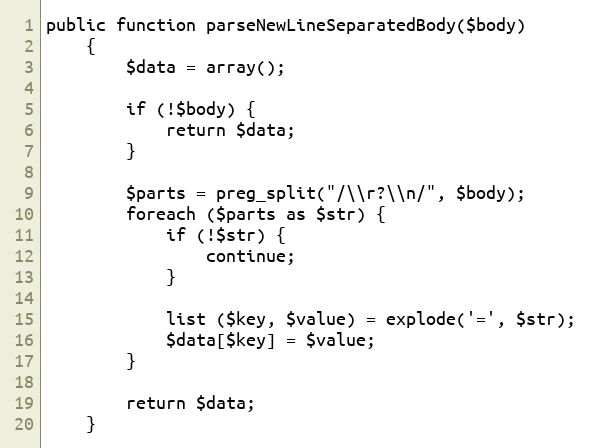
Language: PHP
public function parseNewLineSeparatedBody($body)
    {
        $data = array();

        if (!$body) {
            return $data;
        }

        $parts = preg_split("/\\r?\\n/", $body);
        foreach ($parts as $str) {
            if (!$str) {
                continue;
            }

            list ($key, $value) = explode('=', $str);
            $data[$key] = $value;
        }

        return $data;
    }